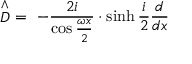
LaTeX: \stackrel { \wedge } { \cal D } \ = \ - \frac { 2 i } { \cos \frac { \omega x } 2 } \cdot \sinh { } \frac i 2 \frac d { d x }